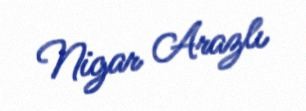
Nigar Arazlı